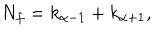
N _ { f } = k _ { \alpha - 1 } + k _ { \alpha + 1 } ,